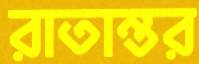
রাতান্তর